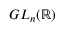
G L _ { n } ( \mathbb { R } )